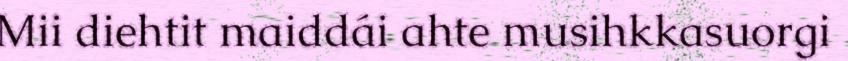
Mii diehtit maiddái ahte musihkkasuorgi